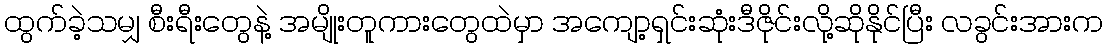
ထွက်ခဲ့သမျှ စီးရီးတွေနဲ့ အမျိုးတူကားတွေထဲမှာ အကျော့ရှင်းဆုံးဒီဇိုင်းလို့ဆိုနိုင်ပြီး လခွင်းအားက